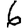
Digit: 6